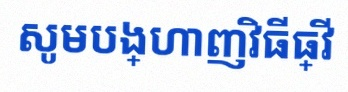
សូមបង្ហាញវិធីធ្វើ